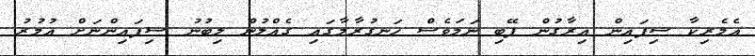
އެމެރިކާ ސިފައިން އިރާގުން ފޭބި ނަމަވެސް ހަނގުރާމާގައި ގެއްލުން ލިބުނު ސިފައިންނަށް އުމުރު